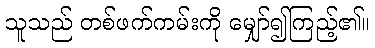
သူသည် တစ်ဖက်ကမ်းကို မျှော်၍ကြည့်၏။